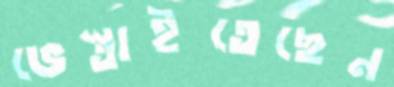
ভেস্তাইতেছেন